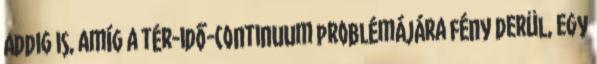
Addig is, amíg a tér-idő-continuum problémájára fény derül, egy